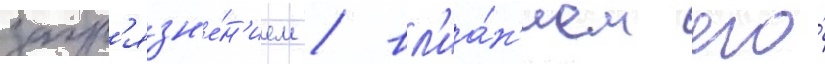
загр'язн'е́н'ием / вл'иа́н'ием его́